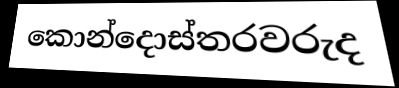
කොන්දොස්තරවරුද